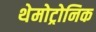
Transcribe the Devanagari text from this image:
थेमोट्रोनिक